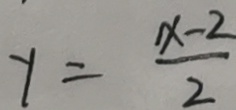
y = \frac { x - 2 } { 2 }